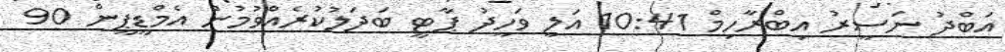
އަބްދު ނަސީރު އިބްރާހިމް 10:41 އަލީ ވަހީދު ޕާޓީ ބަދަލުކުރެއްވުމުން އެމްޑީޕީން 90